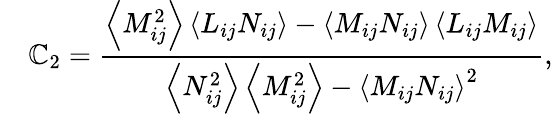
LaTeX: \quad{\mathbb{C}_{2}}=\frac{{{\left\langle{M_{ij}^{2}}\right\rangle\left\langle{{L}_{ij}{N_{ij}}}\right\rangle-\left\langle{{M_{ij}}{N_{ij}}}\right\rangle\left\langle{{L}_{ij}{M_{ij}}}\right\rangle}}}{{{\left\langle{N_{ij}^{2}}\right\rangle\left\langle{M_{ij}^{2}}\right\rangle-{{\left\langle{{M_{ij}}{N_{ij}}}\right\rangle}^{2}}}}},